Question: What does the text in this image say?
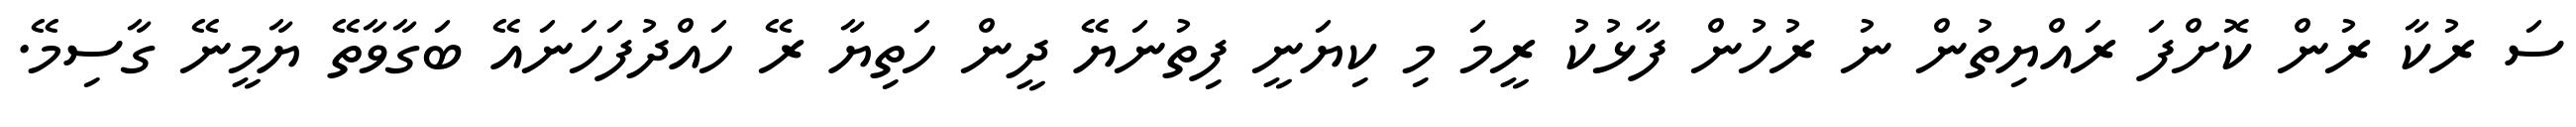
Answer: ސަ ރުކާ ރުން ކޮށްފަ ރައްޔިތުން ނު ރުހުން ފާޅުކު ރީމަ މި ކިޔަނީ ފިތުނަޔޭ ދީން ހަތިޔާ ރޭ ހައްދުފަހަނައޭ ބަގާވާތޭ ޔާމީނޭ ގާސިމޭ.